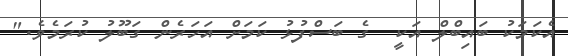
އެކަމަކު ބައިބްލް އަކީ  ގެ ބަސްފުޅު ކަމަށް އަހަރެން ގަބޫލު ކުރަމެވެ."